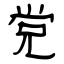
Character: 党